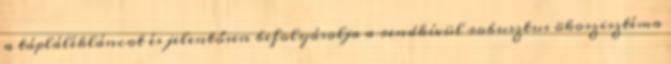
a táplálékláncot és jelentősen befolyásolja a rendkívül robusztus ökoszisztéma